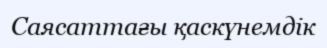
Саясаттағы қаскүнемдік